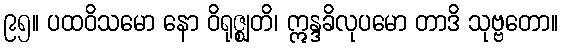
၉၅။ ပထဝိသမော နော ဝိရုဇ္ဈတိ၊ ဣန္ဒခိလုပမော တာဒိ သုဗ္ဗတော။